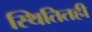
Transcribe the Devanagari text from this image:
स्थितितही